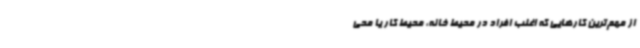
از مهم‌ترین کارهایی که اغلب افراد در محیط‌ خانه، محیط‌ کار یا محی